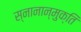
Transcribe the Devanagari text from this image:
स्नानान्मुक्ति